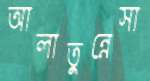
আলাতুন্নেসা